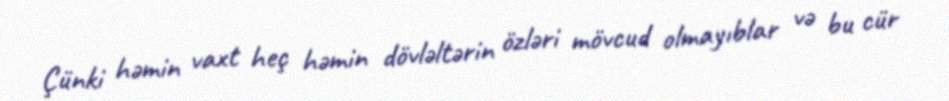
Çünki həmin vaxt heç həmin dövləltərin özləri mövcud olmayıblar və bu cür